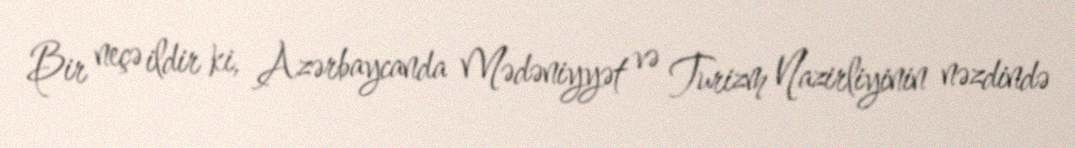
Bir neçə ildir ki, Azərbaycanda Mədəniyyət və Turizm Nazirliyinin nəzdində